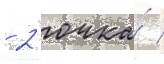
- 2 очка́ /